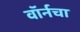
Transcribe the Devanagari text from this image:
वॉर्नचा